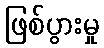
ဖြစ်ပွားမှု